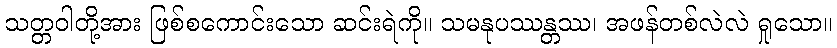
သတ္တဝါတို့အား ဖြစ်စကောင်းသော ဆင်းရဲကို။ သမနုပဿန္တဿ၊ အဖန်တစ်လဲလဲ ရှုသော။